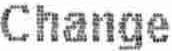
CHANGE